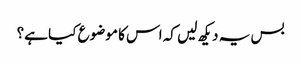
بس یہ دیکھ لیں کہ اس کا موضوع کیا ہے؟